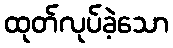
ထုတ်လုပ်ခဲ့သော